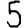
Digit: 5